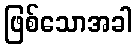
ဖြစ်သောအခါ